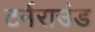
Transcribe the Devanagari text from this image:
टर्नराउंड